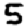
Digit: 5